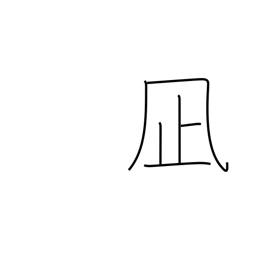
Meaning: lull